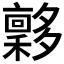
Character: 𡗋